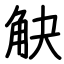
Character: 觖